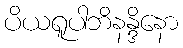
ပိယရူပါဘိနန္ဒိနော